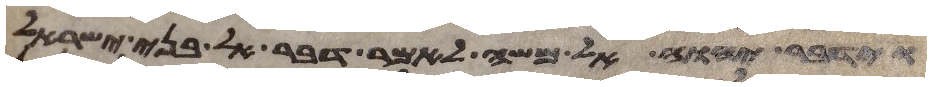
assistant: וידבר יהוה אל משה לאמר דבר אל בני ישראל